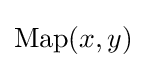
\operatorname {Map} (x,y)